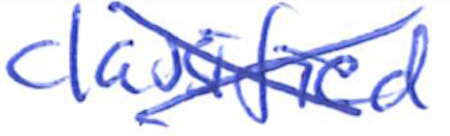
Text: classified
Cross-out: cross
Writing tool: ballpoint